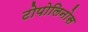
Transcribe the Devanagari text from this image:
टोपोलिनोस